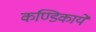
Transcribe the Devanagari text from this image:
कण्डिकायें